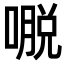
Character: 𭊕